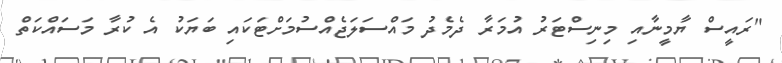
"ރައީސް ޔާމީނާއި މިނިސްޓަރު އުމަރާ ދެމެދު މައްސަލަޖެއްސުމަށްޓަކައި ބަޔަކު އެ ކުރާ މަސައްކަތް